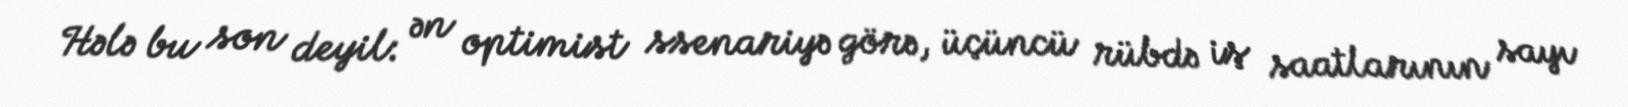
Hələ bu son deyil: ən optimist ssenariyə görə, üçüncü rübdə iş saatlarının sayı